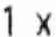
1 X